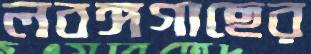
লবঙ্গগাছের